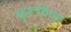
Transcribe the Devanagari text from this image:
कुरूविला